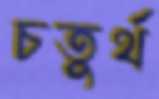
চতুর্থ